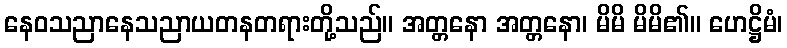
နေဝသညာနေသညာယတနတရားတို့သည်။ အတ္တနော အတ္တနော၊ မိမိ မိမိ၏။ ဟေဋ္ဌိမံ၊